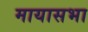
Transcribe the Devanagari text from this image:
मायासभा